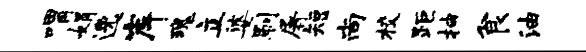
喟娟逸岸瑰立婆刷屠短尚校距抽食油